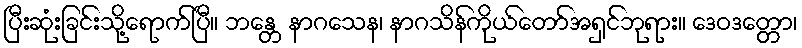
ပြီးဆုံးခြင်းသို့ရောက်ပြီ။ ဘန္တေ နာဂသေန၊ နာဂသိန်ကိုယ်တော်အရှင်ဘုရား။ ဒေဝဒတ္တော၊